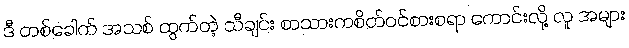
ဒီ တစ်ခေါက် အသစ် ထွက်တဲ့ သီချင်း စာသားကစိတ်ဝင်စားစရာ ကောင်းလို့ လူ အများ